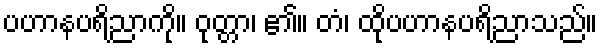
ပဟာနပရိညာကို။ ဝုတ္တာ၊ ၏။ တံ၊ ထိုပဟာနပရိညာသည်။